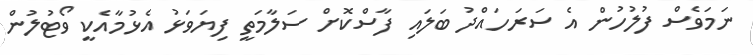
ނަަމަވެސް ފުލުހުން އެ ސަރަހައްދު ބަލައި ފާސްކޮށް ސަލާމަތީ ފިޔަވަޅު އެޅުމާއެކީ ވޯޓުލުން